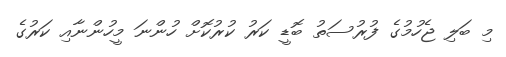
މި ބަލި ޖެހުމުގެ ފުރުސަތު ބޮޑީ ކަރު ކުރުކޮށް ހުންނަ މީހުންނާއި ކަރުގެ